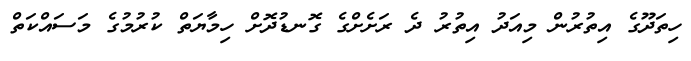
ހިތަދޫގެ އިތުރުން މިއަދު އިތުރު ދެ ރަށެށްގެ ގޮނޑުދޮށް ހިމާޔަތް ކުރުމުގެ މަސައްކަތް